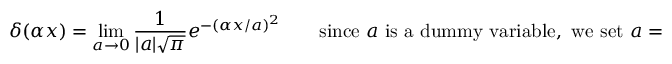
\delta ( \alpha x ) = \operatorname* { l i m } _ { a \to 0 } { \frac { 1 } { | a | { \sqrt { \pi } } } } e ^ { - ( \alpha x / a ) ^ { 2 } } \qquad { \mathrm { s i n c e ~ } } a { \mathrm { ~ i s ~ a ~ d u m m y ~ v a r i a b l e , ~ w e ~ s e t ~ } } a = \alpha b